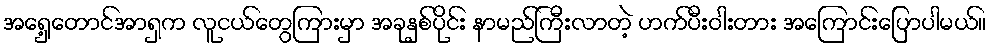
အရှေ့တောင်အာရှက လူငယ်တွေကြားမှာ အခုနှစ်ပိုင်း နာမည်ကြီးလာတဲ့ ဟက်ပီးဝါးတား အကြောင်းပြောပါမယ်။